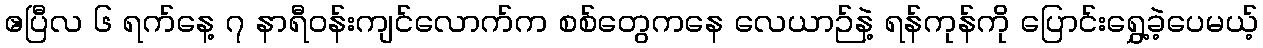
ဧပြီလ ၆ ရက်နေ့ ၇ နာရီဝန်းကျင်လောက်က စစ်တွေကနေ လေယာဉ်နဲ့ ရန်ကုန်ကို ပြောင်းရွှေ့ခဲ့ပေမယ့်